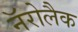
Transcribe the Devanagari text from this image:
नॅरोलैक